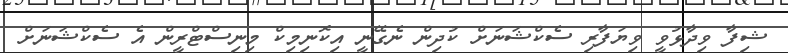
ޝިފާ ވިދާޅުވީ ވިޔަފާރި ސެކްޝަނަށް ކުދިން ނެގޭނީ އިކޮނިމިކް މިނިސްޓްރީން އެ ސެކްޝަނަށް